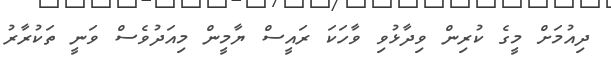
ދިއުމަށް މީގެ ކުރިން ވިދާޅުވި ވާހަކަ ރައީސް ޔާމީން މިއަދުވެސް ވަނީ ތަކުރާރު